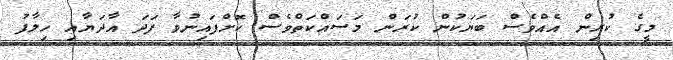
މީގެ ކުރިން އެއްވެސް ބަޔަކުން ކުރަން މަސައްކަތްވެސް ކޮށްފައިނުވާ ފަދަ އާދަޔާއި ހިލާފު